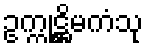
ဥက္ကုဋ္ဌိမကံသု